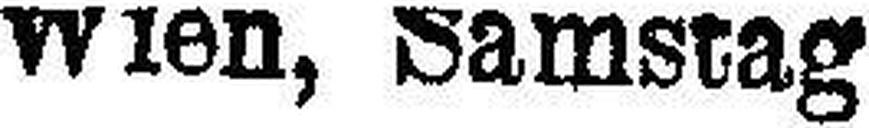
Wien, Samstag